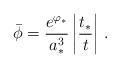
\begin{align*}\bar{\phi} = {e^{\varphi_*} \over a_*^3} \left|{t_*\over t} \right| \, .\end{align*}